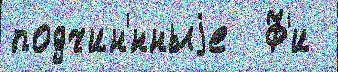
подчин'́нныjе  Ф'и